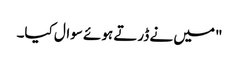
"میں نے ڈرتے ہوئے سوال کیا۔